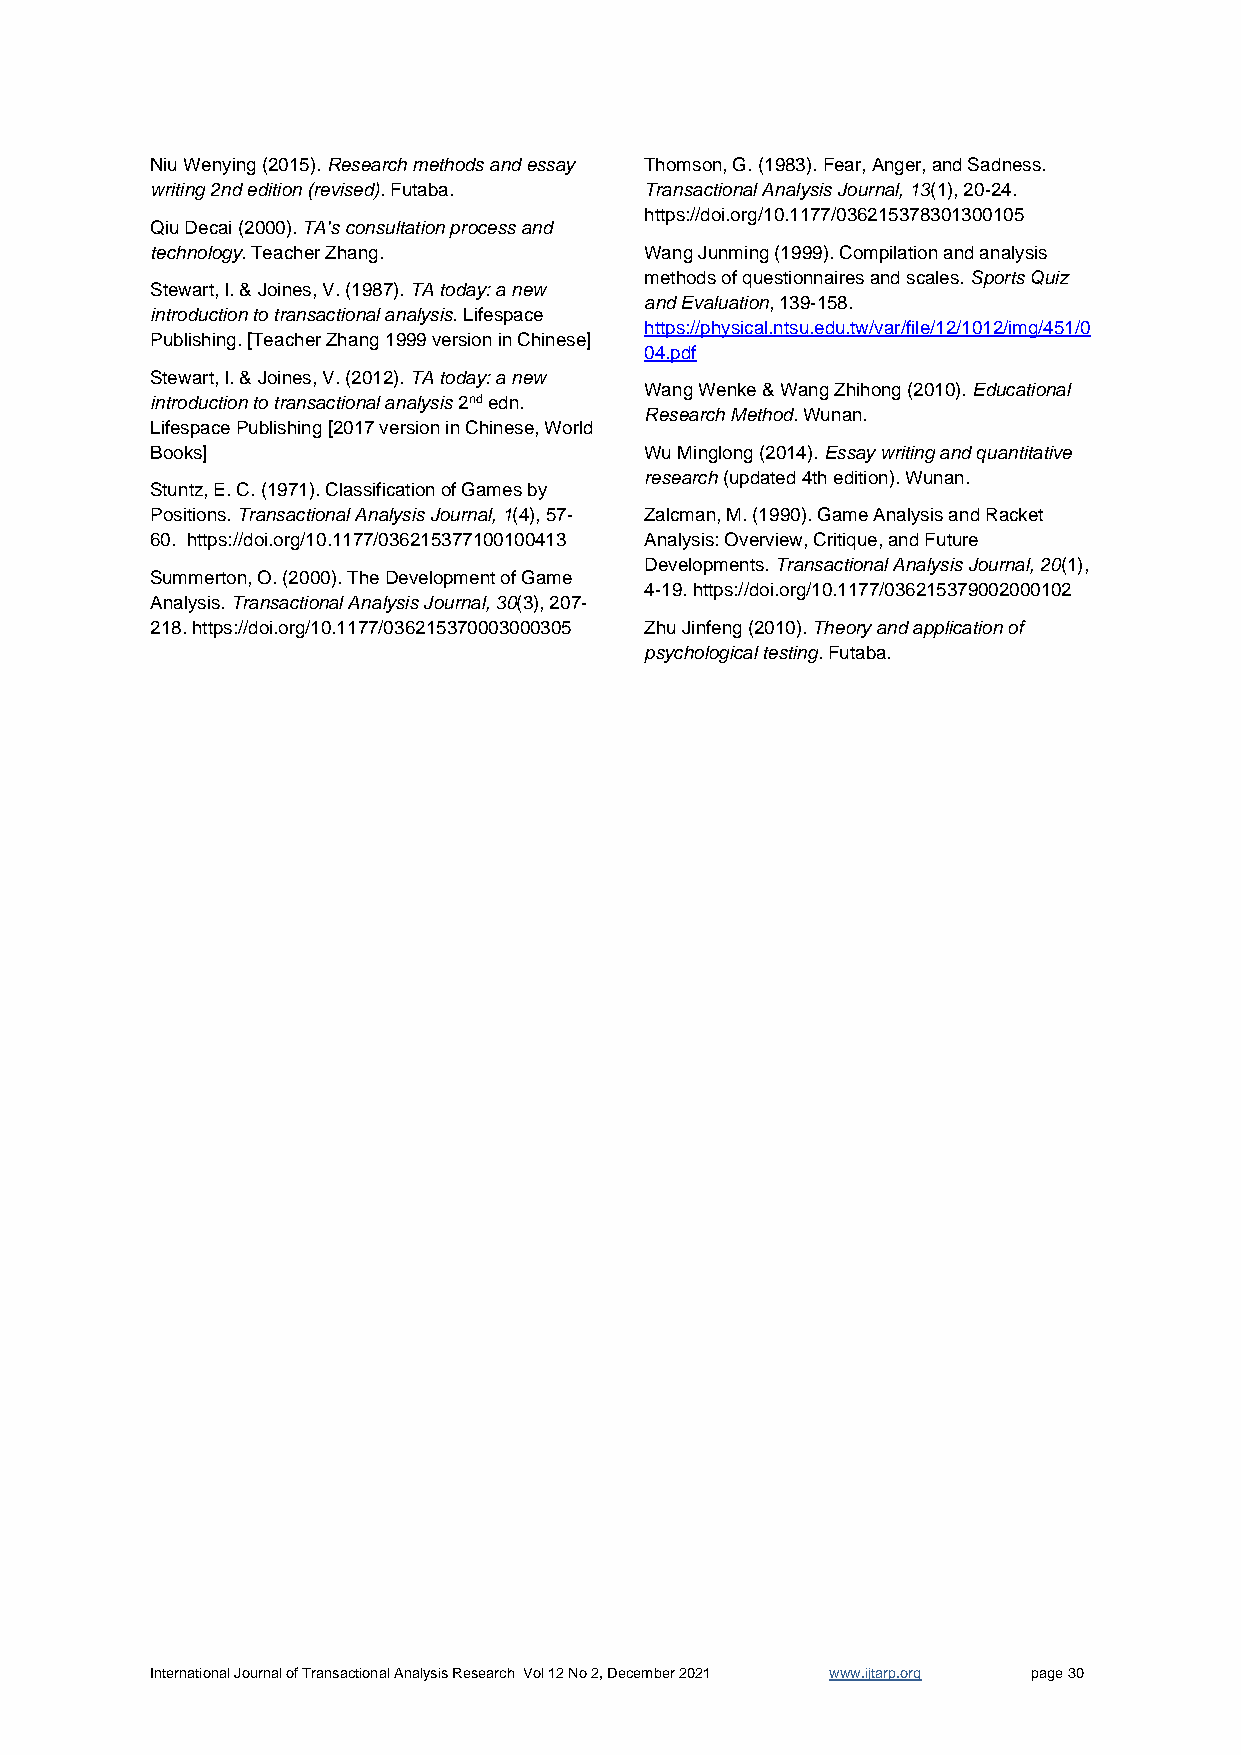
Niu Wenying (2015). Research methods and essay Thomson, G. (1983). Fear, Anger, and Sadness.
 writing 2nd edition (revised). Futaba. Transactional Analysis Journal, 13(1), 20-24.
 https://doi.org/10.1177/036215378301300105
 Qiu Decai (2000). TA's consultation process and
 technology. Teacher Zhang.       Wang Junming (1999). Compilation and analysis
 methods of questionnaires and scales. Sports Quiz
 Stewart, I. & Joines, V. (1987). TA today: a new
 and Evaluation, 139-158.
 introduction to transactional analysis. Lifespace
 https://physical.ntsu.edu.tw/var/file/12/1012/img/451/0
 Publishing. [Teacher Zhang 1999 version in Chinese]
 04.pdf
 Stewart, I. & Joines, V. (2012). TA today: a new
 Wang Wenke & Wang Zhihong (2010). Educational
 introduction to transactional analysis 2nd edn.
 Research Method. Wunan.
 Lifespace Publishing [2017 version in Chinese, World
 Books]                           Wu Minglong (2014). Essay writing and quantitative
 research (updated 4th edition). Wunan.
 Stuntz, E. C. (1971). Classification of Games by
 Positions. Transactional Analysis Journal, 1(4), 57- Zalcman, M. (1990). Game Analysis and Racket
 60. https://doi.org/10.1177/036215377100100413 Analysis: Overview, Critique, and Future
 Developments. Transactional Analysis Journal, 20(1),
 Summerton, O. (2000). The Development of Game
 4-19. https://doi.org/10.1177/036215379002000102
 Analysis. Transactional Analysis Journal, 30(3), 207-
 218. https://doi.org/10.1177/036215370003000305 Zhu Jinfeng (2010). Theory and application of
 psychological testing. Futaba.
 International Journal of Transactional Analysis Research Vol 12 No 2, December 2021 www.ijtarp.org page 30